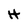
Character: H